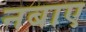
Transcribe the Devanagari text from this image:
नबाए